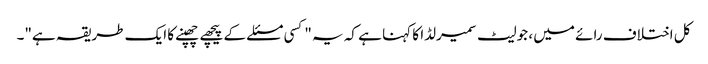
کل اختلاف رائے میں ، جولیٹ سمیرلڈا کا کہنا ہے کہ یہ "کسی مسئلے کے پیچھے چھپنے کا ایک طریقہ ہے"۔